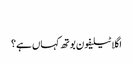
‬
‫اگلا ٹیلیفون بوتھ کہاں ہے؟